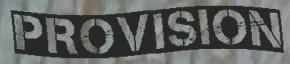
PROVISION